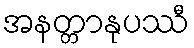
အနတ္တာနုပဿီ